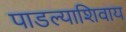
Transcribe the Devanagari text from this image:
पाडल्याशिवाय